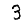
Digit: 3